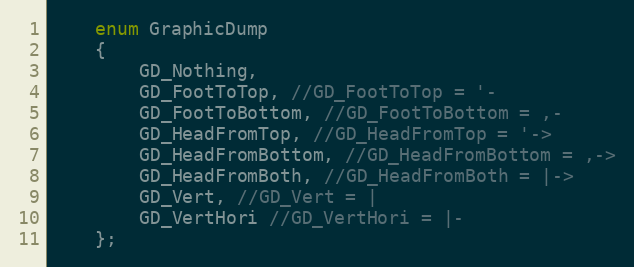
Language: C
    enum GraphicDump
    {
        GD_Nothing,
        GD_FootToTop, //GD_FootToTop = '-
        GD_FootToBottom, //GD_FootToBottom = ,-
        GD_HeadFromTop, //GD_HeadFromTop = '->
        GD_HeadFromBottom, //GD_HeadFromBottom = ,->
        GD_HeadFromBoth, //GD_HeadFromBoth = |->
        GD_Vert, //GD_Vert = |
        GD_VertHori //GD_VertHori = |-
    };